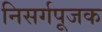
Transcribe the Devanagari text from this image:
निसर्गपूजक